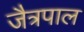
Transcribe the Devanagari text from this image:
जैत्रपाल